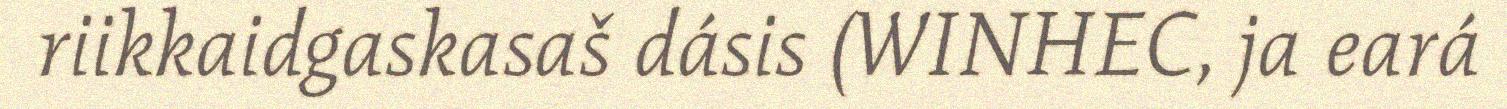
riikkaidgaskasaš dásis (WINHEC, ja eará